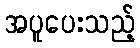
အပူပေးသည့်